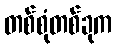
တစ်စုံတစ်ခုက